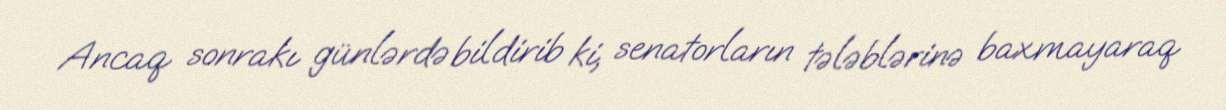
Ancaq sonrakı günlərdə bildirib ki, senatorların tələblərinə baxmayaraq